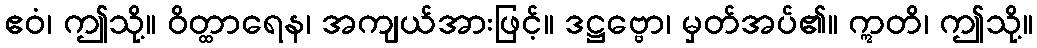
ဧဝံ၊ ဤသို့။ ဝိတ္ထာရေန၊ အကျယ်အားဖြင့်။ ဒဋ္ဌဗ္ဗော၊ မှတ်အပ်၏။ ဣတိ၊ ဤသို့။